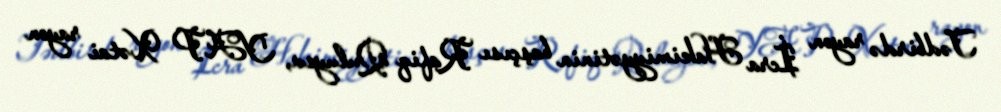
Tədbirdə rayon İcra Hakimiyyətinin başçısı Rafiq Quluyev, YAP Xətai rayon